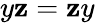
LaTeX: y\mathbf{z}=\mathbf{z}y